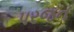
પરજન